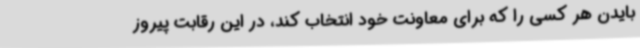
بایدن هر کسی را که برای معاونت خود انتخاب کند، در این رقابت پیروز